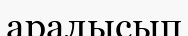
аралысып